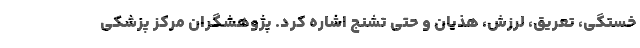
خستگی، تعریق، لرزش، هذیان و حتی تشنج اشاره کرد. پژوهشگران مرکز پزشکی